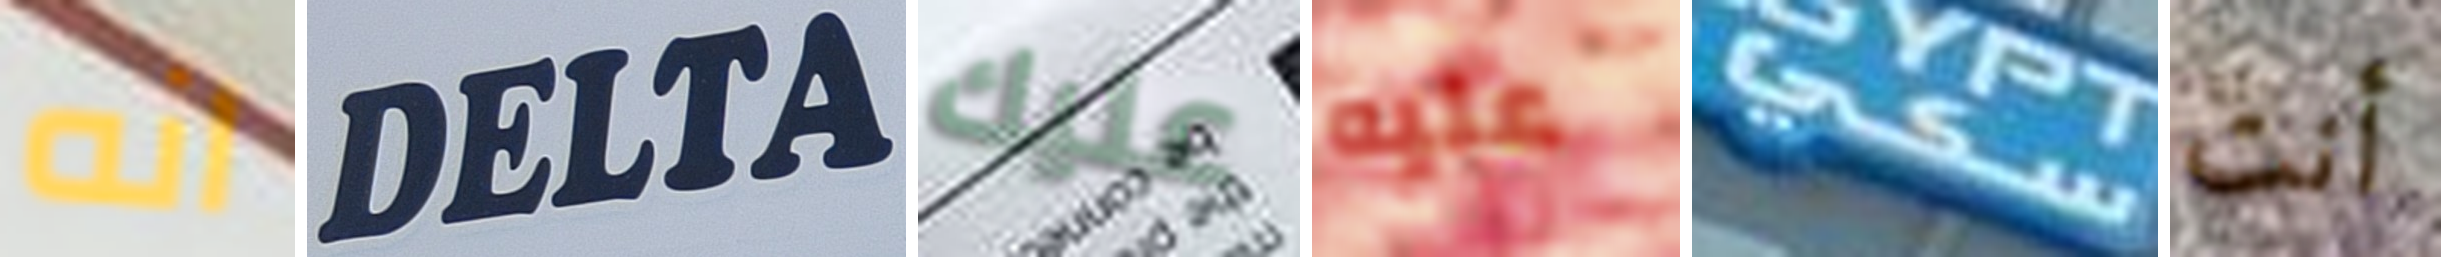
انه DELTA عليك عليه سكي أنت